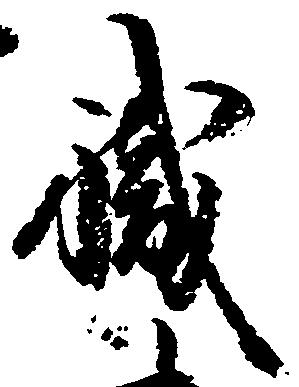
職